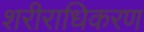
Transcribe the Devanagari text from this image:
शरीराधिकरण